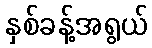
နှစ်ခန့်အရွယ်